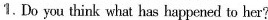
1.Do you think what has happened to her?